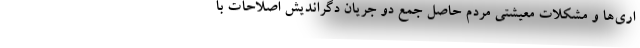
اری‌ها و مشکلات معیشتی مردم حاصل جمع دو جریان دگراندیش اصلاحات با